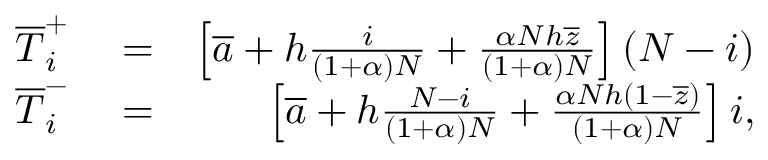
\begin{array} { r l r } { \overline { T } _ { i } ^ { + } } & { { } = } & { \left[ \overline { a } + h \frac { i } { ( 1 + \alpha ) N } + \frac { \alpha N h \overline { { z } } } { ( 1 + \alpha ) N } \right] ( N - i ) } \\ { \overline { T } _ { i } ^ { - } } & { { } = } & { \left[ \overline { a } + h \frac { N - i } { ( 1 + \alpha ) N } + \frac { \alpha N h ( 1 - \overline { { z } } ) } { ( 1 + \alpha ) N } \right] i , } \end{array}